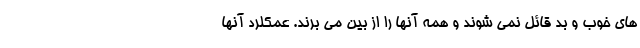
های خوب و بد قائل نمی شوند و همه آنها را از بین می برند. عمکلرد آنها